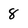
Character: 8